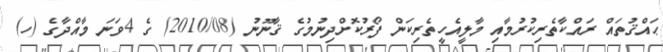
ޙައްޤުތައް ރައްކާތެރިކުރުމާއި މާލީއެހީތެރިކަން ފޯރުކޮށްދިނުމުގެ ޤާނޫނު (2010/08) ގެ 4ވަނަ މާއްދާގެ (ހ)